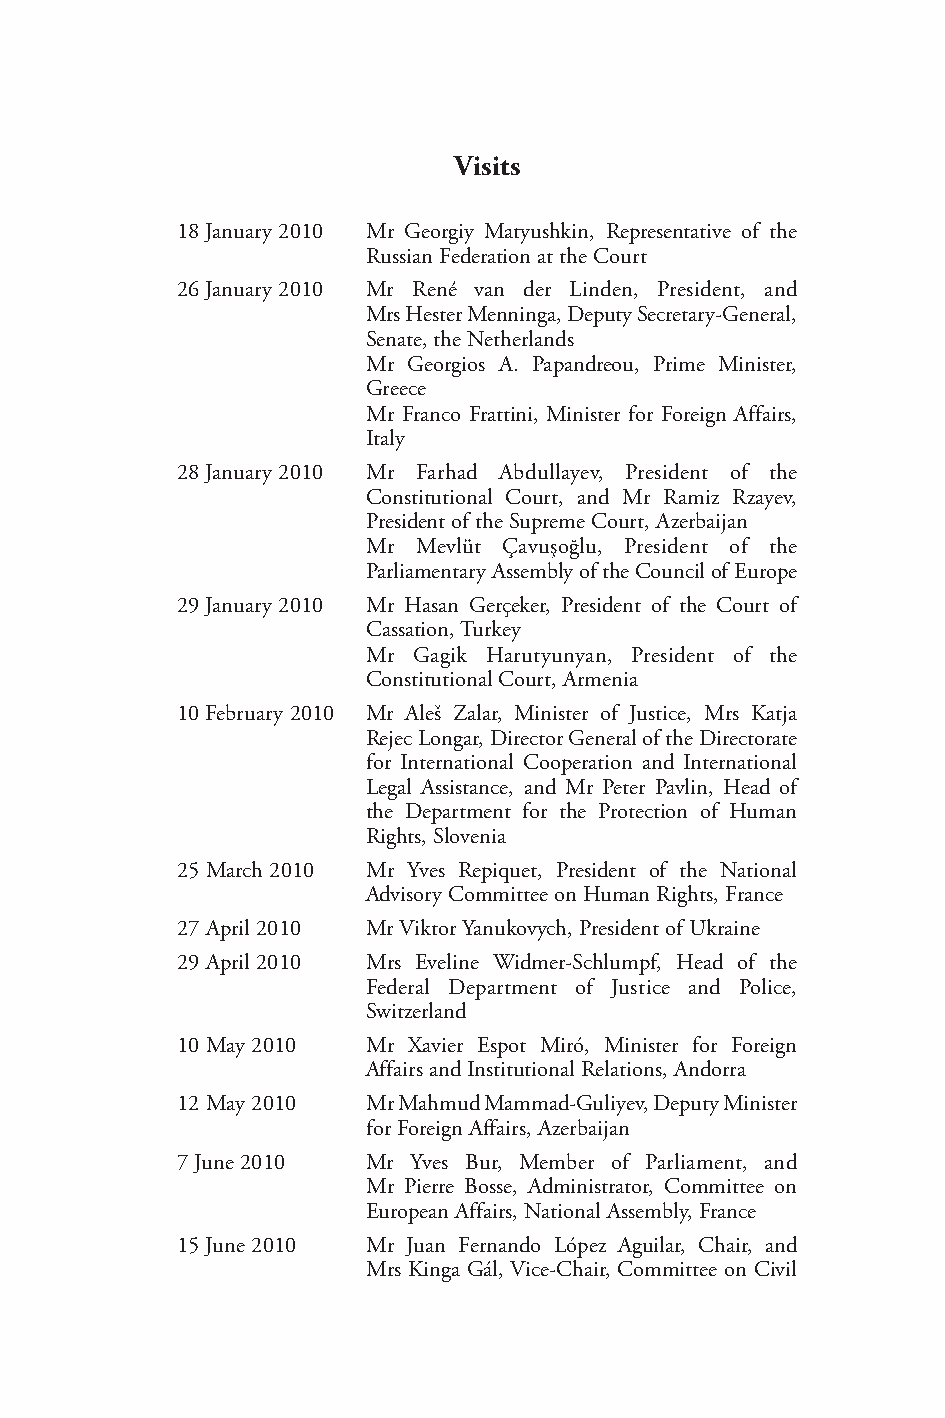
Visits
 18 January 2010 Mr Georgiy Matyushkin, Representative of the
 Russian Federation at the Court
 26 January 2010 Mr René van der Linden, President, and
 Mrs Hester Menninga, Deputy Secretary-General,
 Senate, the Netherlands
 Mr Georgios A. Papandreou, Prime Minister,
 Greece
 Mr Franco Frattini, Minister for Foreign Affairs,
 Italy
 28 January 2010 Mr Farhad Abdullayev, President of the
 Constitutional Court, and Mr Ramiz Rzayev,
 President of the Supreme Court, Azerbaijan
 Mr  Mevlüt Çavuşoğlu, President of the
 Parliamentary Assembly of the Council of Europe
 29 January 2010 Mr Hasan Gerçeker, President of the Court of
 Cassation, Turkey
 Mr Gagik Harutyunyan, President of the
 Constitutional Court, Armenia
 10 February 2010 Mr Aleš Zalar, Minister of Justice, Mrs Katja
 Rejec Longar, Director General of the Directorate
 for International Cooperation and International
 Legal Assistance, and Mr Peter Pavlin, Head of
 the Department for the Protection of Human
 Rights, Slovenia
 25 March 2010 Mr Yves Repiquet, President of the National
 Advisory Committee on Human Rights, France
 27 April 2010 Mr Viktor Yanukovych, President of Ukraine
 29 April 2010 Mrs Eveline Widmer-Schlumpf, Head of the
 Federal Department of Justice and Police,
 Switzerland
 10 May 2010 Mr Xavier Espot Miró, Minister for Foreign
 Affairs and Institutional Relations, Andorra
 12 May 2010 Mr Mahmud Mammad-Guliyev, Deputy Minister
 for Foreign Affairs, Azerbaijan
 7 June 2010 Mr Yves Bur, Member of Parliament, and
 Mr Pierre Bosse, Administrator, Committee on
 European Affairs, National Assembly, France
 15 June 2010 Mr Juan Fernando López Aguilar, Chair, and
 Mrs Kinga Gál, Vice-Chair, Committee on Civil